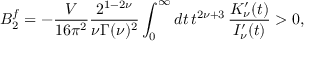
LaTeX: B _ { 2 } ^ { f } = - \frac { V } { 1 6 \pi ^ { 2 } } \frac { 2 ^ { 1 - 2 \nu } } { \nu \Gamma ( \nu ) ^ { 2 } } \int _ { 0 } ^ { \infty } d t \, t ^ { 2 \nu + 3 } \, \frac { K _ { \nu } ^ { \prime } ( t ) } { I _ { \nu } ^ { \prime } ( t ) } > 0 ,